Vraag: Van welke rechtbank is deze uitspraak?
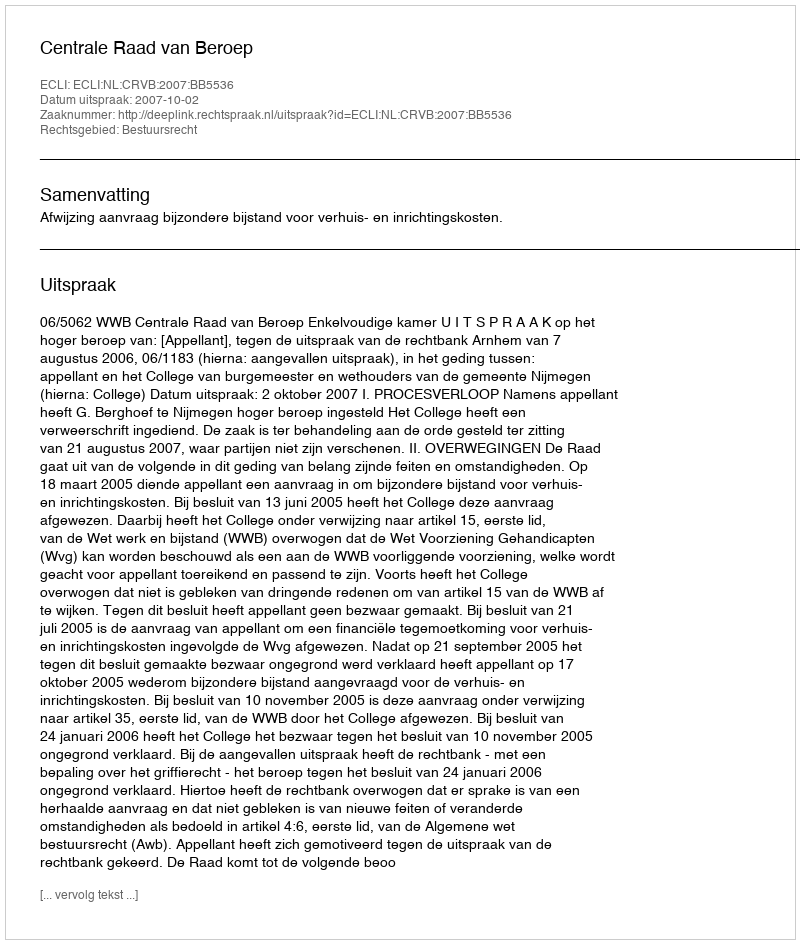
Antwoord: Centrale Raad van Beroep